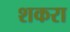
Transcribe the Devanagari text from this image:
शकरा